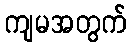
ကျမအတွက်